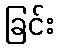
ခြင်း